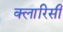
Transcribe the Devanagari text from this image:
क्लारिसी